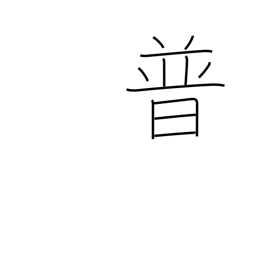
Meaning: Prussia